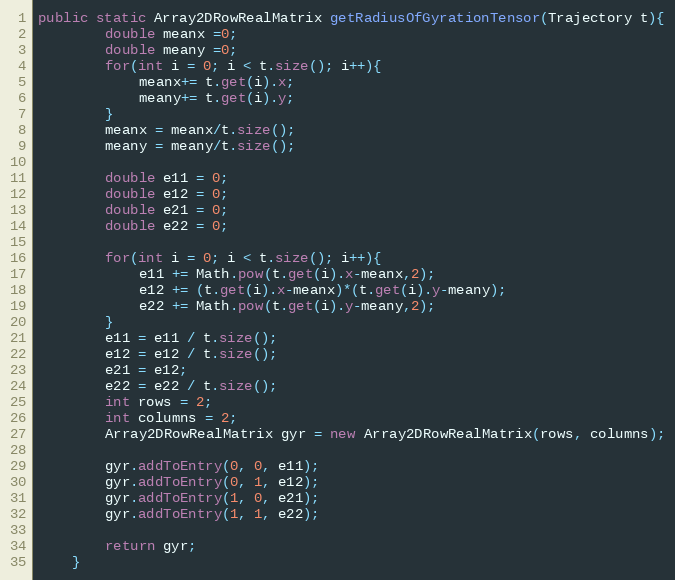
Language: Java
public static Array2DRowRealMatrix getRadiusOfGyrationTensor(Trajectory t){
		double meanx =0;
		double meany =0;
		for(int i = 0; i < t.size(); i++){
			meanx+= t.get(i).x;
			meany+= t.get(i).y;
		}
		meanx = meanx/t.size();
		meany = meany/t.size();

		double e11 = 0;
		double e12 = 0;
		double e21 = 0;
		double e22 = 0;

		for(int i = 0; i < t.size(); i++){
			e11 += Math.pow(t.get(i).x-meanx,2);
			e12 += (t.get(i).x-meanx)*(t.get(i).y-meany);
			e22 += Math.pow(t.get(i).y-meany,2);
		}
		e11 = e11 / t.size();
		e12 = e12 / t.size();
		e21 = e12;
		e22 = e22 / t.size();
		int rows = 2;
		int columns = 2;
		Array2DRowRealMatrix gyr = new Array2DRowRealMatrix(rows, columns);

		gyr.addToEntry(0, 0, e11);
		gyr.addToEntry(0, 1, e12);
		gyr.addToEntry(1, 0, e21);
		gyr.addToEntry(1, 1, e22);

		return gyr;
	}